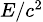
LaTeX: \scriptstyle{E/c^{2}}